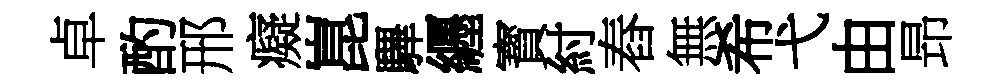
卓酌邢癡崑驆纒寳紂舂無希弋由昻